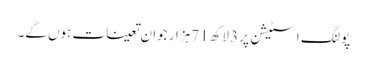
پولنگ اسٹیشن پر 3لاکھ 71ہزار جوان تعینات ہوں گے۔